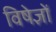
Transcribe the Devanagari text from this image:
विषेज्ञों